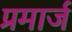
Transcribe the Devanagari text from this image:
प्रमार्ज